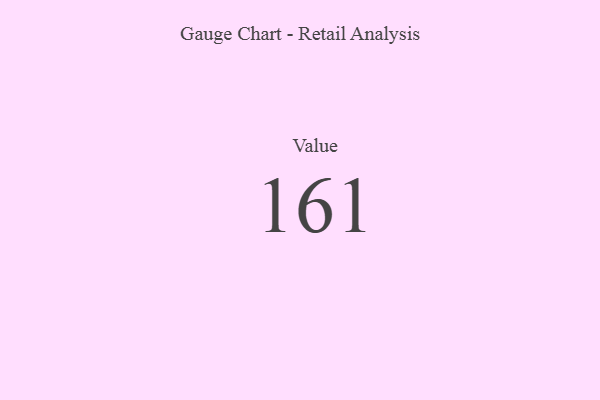
{"axis": {"x": "Metric", "y": "Value"}, "legend": [""], "data": [{"x": "Value", "y": 161, "type": ""}]}